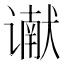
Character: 谳